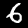
Label: 6